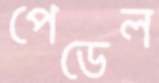
পেডেল